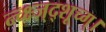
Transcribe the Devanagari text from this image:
न्च्क्ष्ज्द्शूच्ग्।